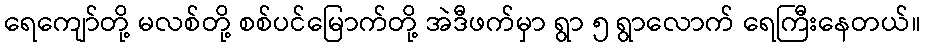
ရေကျော်တို့ မလစ်တို့ စစ်ပင်မြောက်တို့ အဲဒီဖက်မှာ ရွာ ၅ ရွာလောက် ရေကြီးနေတယ်။